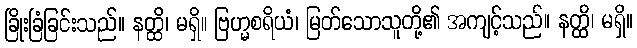
ခြိုးခြံခြင်းသည်။ နတ္ထိ၊ မရှိ။ ဗြဟ္မစရိယံ၊ မြတ်သောသူတို့၏ အကျင့်သည်။ နတ္ထိ၊ မရှိ။